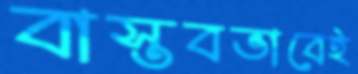
বাস্তবভাবেই